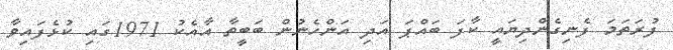
ފުރަތަމަ ފެނިގެންދިޔައީ ކާފަ ބައްޕަ އަދި އަންހެނުން ބަބީތާ އާއެކު 1971ގައި ކުޅެފައިވާ